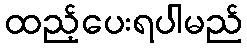
ထည့်ပေးရပါမည်